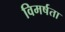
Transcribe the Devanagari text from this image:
विमर्षता